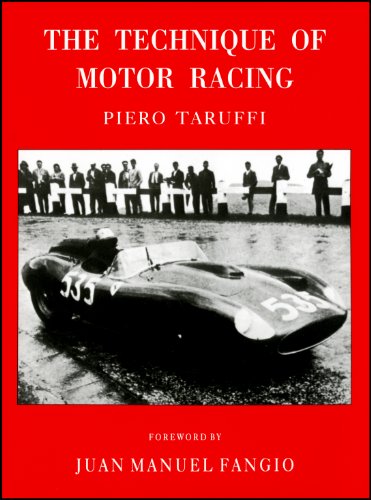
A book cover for The Technique of Motor Racing (Driving); Piero Taruffi; Test Preparation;